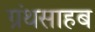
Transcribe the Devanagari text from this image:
ग्रंथसाहब